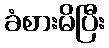
ခံစားမိပြီး